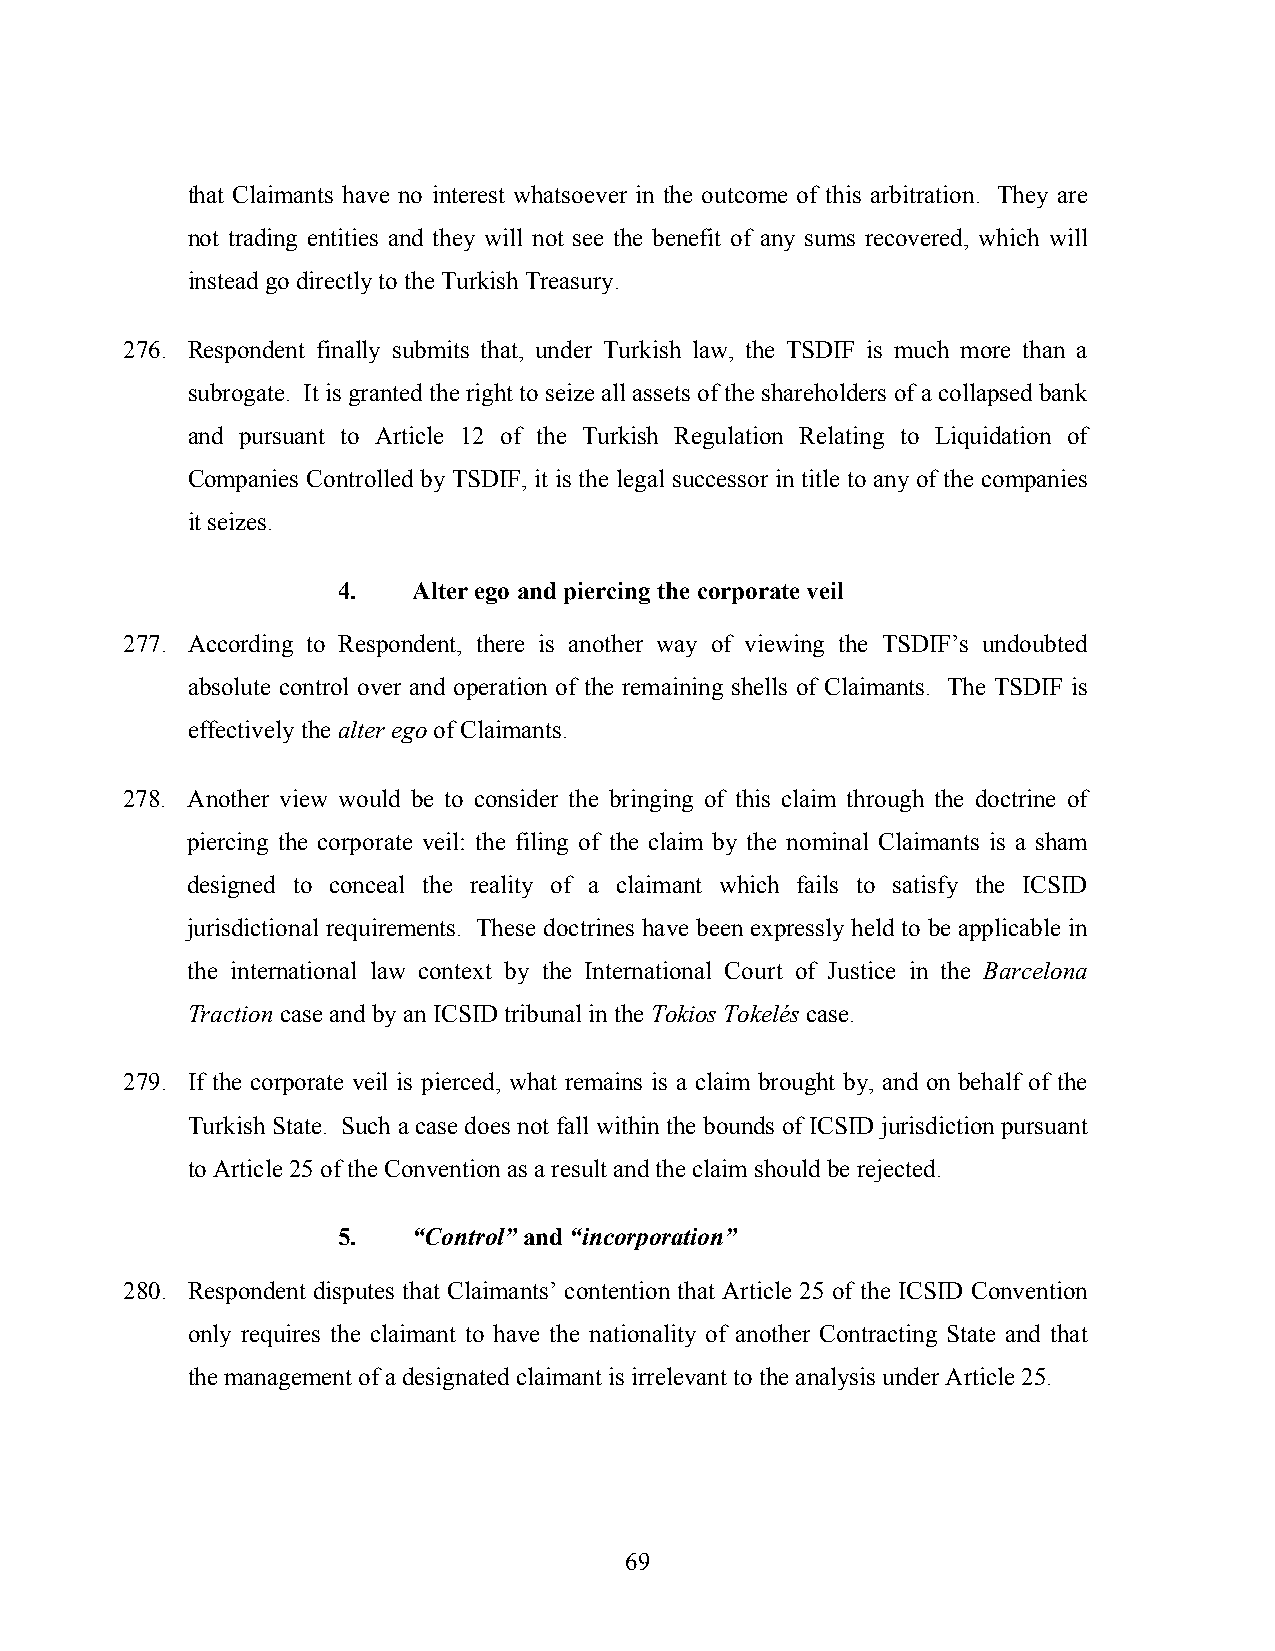
that Claimants have no interest whatsoever in the outcome of this arbitration. They are
 not trading entities and they will not see the benefit of any sums recovered, which will
 instead go directly to the Turkish Treasury.
 276. Respondent finally submits that, under Turkish law, the TSDIF is much more than a
 subrogate. It is granted the right to seize all assets of the shareholders of a collapsed bank
 and pursuant to Article 12 of the Turkish Regulation Relating to Liquidation of
 Companies Controlled by TSDIF, it is the legal successor in title to any of the companies
 it seizes.
 4.   Alter ego and piercing the corporate veil
 277. According to Respondent, there is another way of viewing the TSDIF’s undoubted
 absolute control over and operation of the remaining shells of Claimants. The TSDIF is
 effectively the alter ego of Claimants.
 278. Another view would be to consider the bringing of this claim through the doctrine of
 piercing the corporate veil: the filing of the claim by the nominal Claimants is a sham
 designed to conceal the reality of a claimant which fails to satisfy the ICSID
 jurisdictional requirements. These doctrines have been expressly held to be applicable in
 the international law context by the International Court of Justice in the Barcelona
 Traction case and by an ICSID tribunal in the Tokios Tokelés case.
 279. If the corporate veil is pierced, what remains is a claim brought by, and on behalf of the
 Turkish State. Such a case does not fall within the bounds of ICSID jurisdiction pursuant
 to Article 25 of the Convention as a result and the claim should be rejected.
 5.   “Control” and “incorporation”
 280. Respondent disputes that Claimants’ contention that Article 25 of the ICSID Convention
 only requires the claimant to have the nationality of another Contracting State and that
 the management of a designated claimant is irrelevant to the analysis under Article 25.
 69